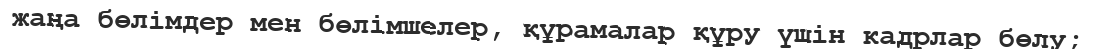
жаңа бөлімдер мен бөлімшелер, құрамалар құру үшін кадрлар бөлу;